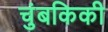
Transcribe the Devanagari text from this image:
चुंबकिकी